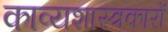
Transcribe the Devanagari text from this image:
काव्यशास्त्रकारों